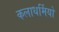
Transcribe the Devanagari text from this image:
कलाधर्मियों